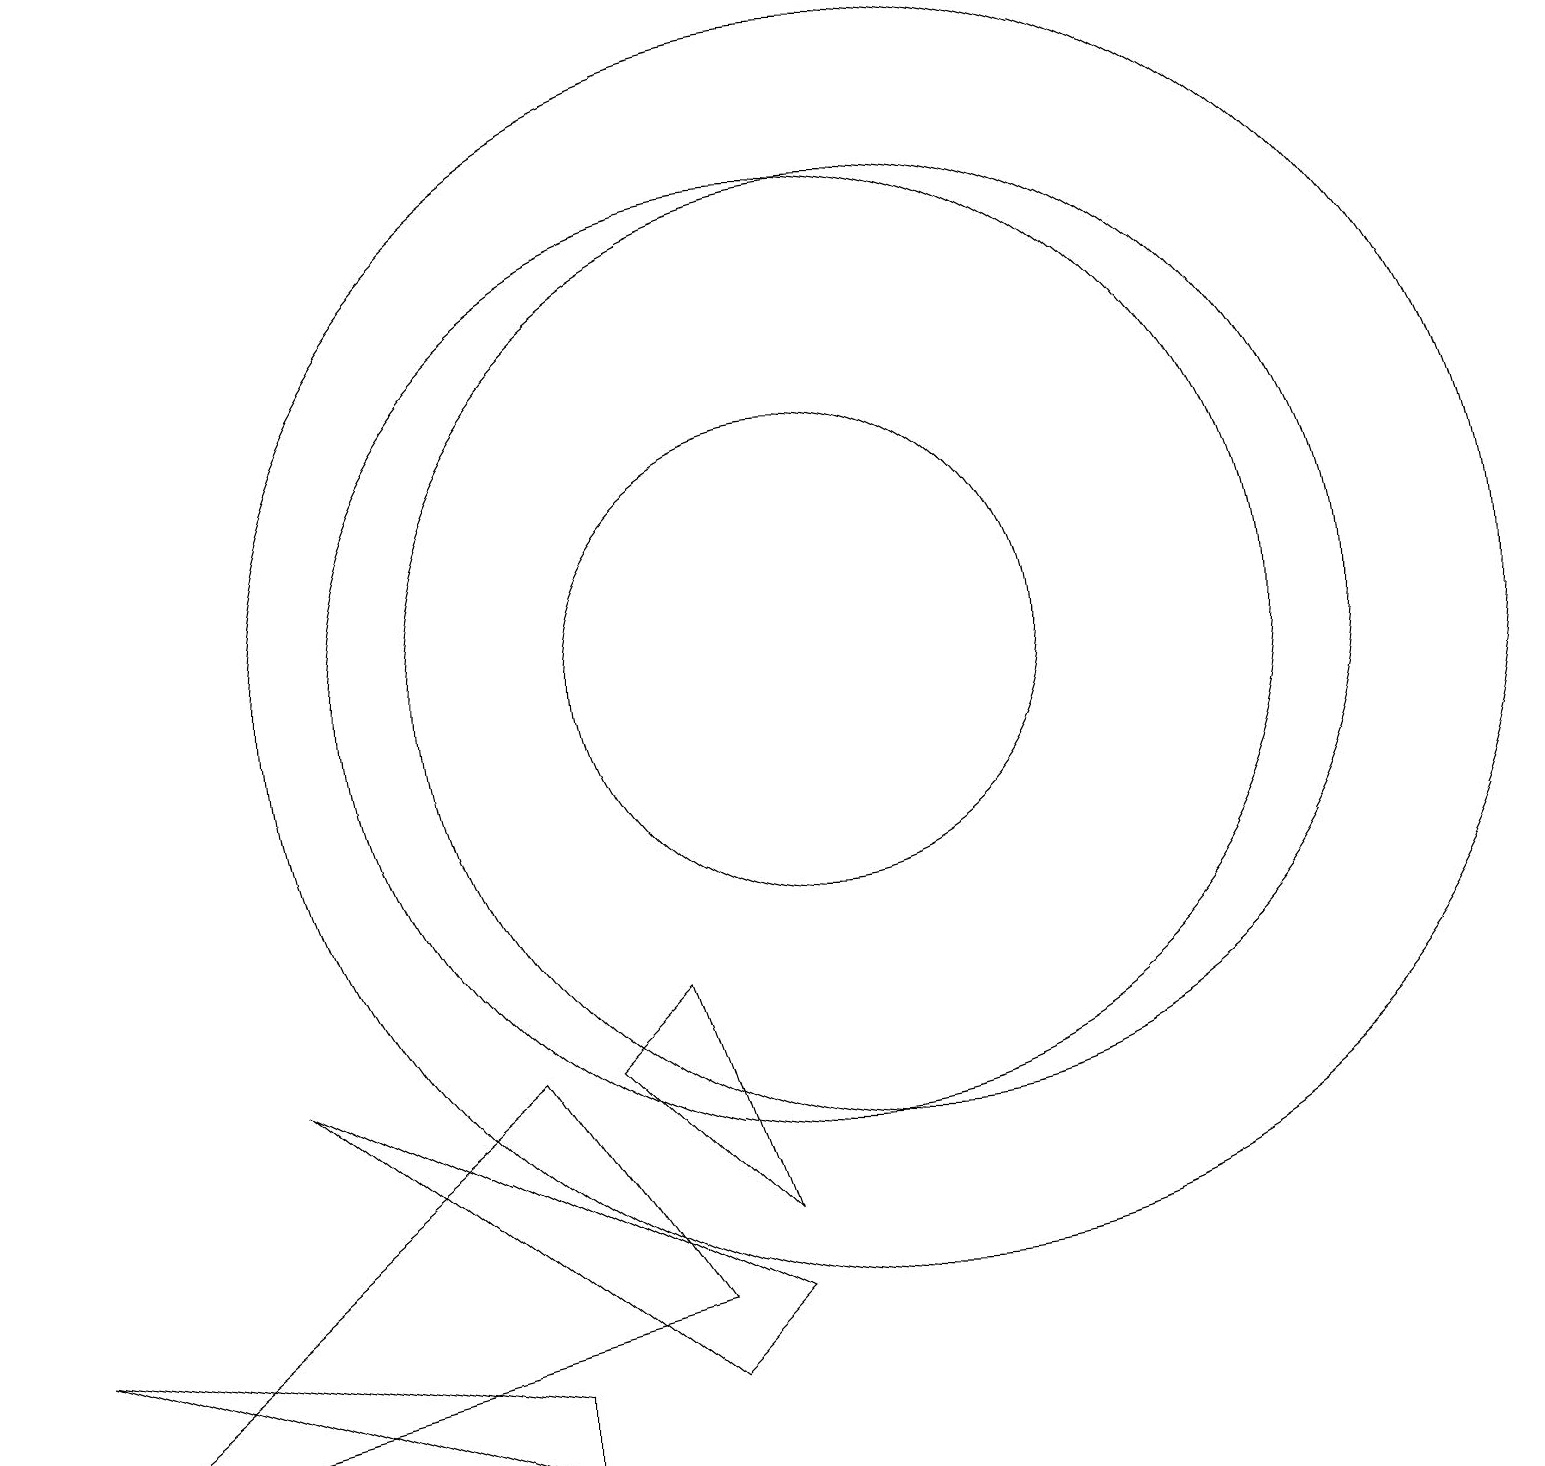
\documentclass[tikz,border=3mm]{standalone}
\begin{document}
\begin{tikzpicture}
\draw (0,2) -- (6,1) -- (6,0) -- cycle;
\draw (8,1) -- (9,2) -- (3,5) -- cycle;
\draw (10,10) circle (3);
\draw (8,2) -- (6,5) -- (0,0) -- cycle;
\draw (11,10) circle (6);
\draw (10,10) circle (6);
\draw (11,10) circle (8);
\draw (8,6) -- (7,5) -- (9,3) -- cycle;
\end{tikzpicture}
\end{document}